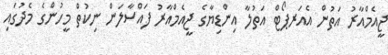
ޖީއެމްއާރު އަތުން އެއަރޕޯޓް އަތުލާ އިންޑިޔާގެ ޖީއެމްއާރު ފައްސާލަން ނިކުތް މީހުންގެ މެދުގައި